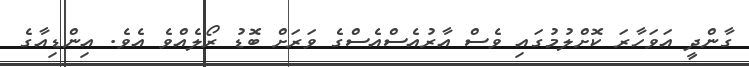
ގާންދީ އަވަހާރަ ކޮށްލުމުގައި ވެސް އާރުއެސްއެސްގެ ވަރަށް ބޮޑު ރޯލެއްވެ އެވެ. އިންޑިއާގެ